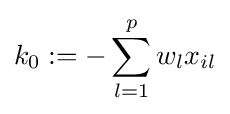
k_{0}:=-\sum _{l=1}^{p}w_{l}x_{il}